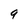
Character: 9